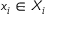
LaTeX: x _ { i } \in X _ { i }